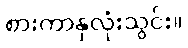
စားကာနှလုံးသွင်း။